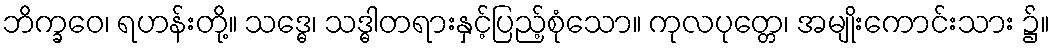
ဘိက္ခဝေ၊ ရဟန်းတို့။ သဒ္ဓေ၊ သဒ္ဓါတရားနှင့်ပြည့်စုံသော။ ကုလပုတ္တေ၊ အမျိုးကောင်းသား ၌။